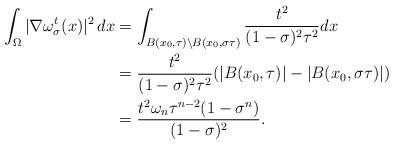
LaTeX: \begin{align*}\begin{aligned} \int_\Omega |\nabla \omega^{t}_\sigma(x)|^2\,dx & = \int_{B(x_0,\tau)\setminus B(x_0,\sigma\tau)}\frac{t^2}{(1-\sigma)^2\tau^2}dx \\ & = \frac{t^2}{(1-\sigma)^2\tau^2} (|B(x_0,\tau)|-|B(x_0,\sigma\tau)|)\\ & = \frac{t^2 \omega_n\tau^{n-2}(1-\sigma^n)}{(1-\sigma)^2}.\end{aligned}\end{align*}